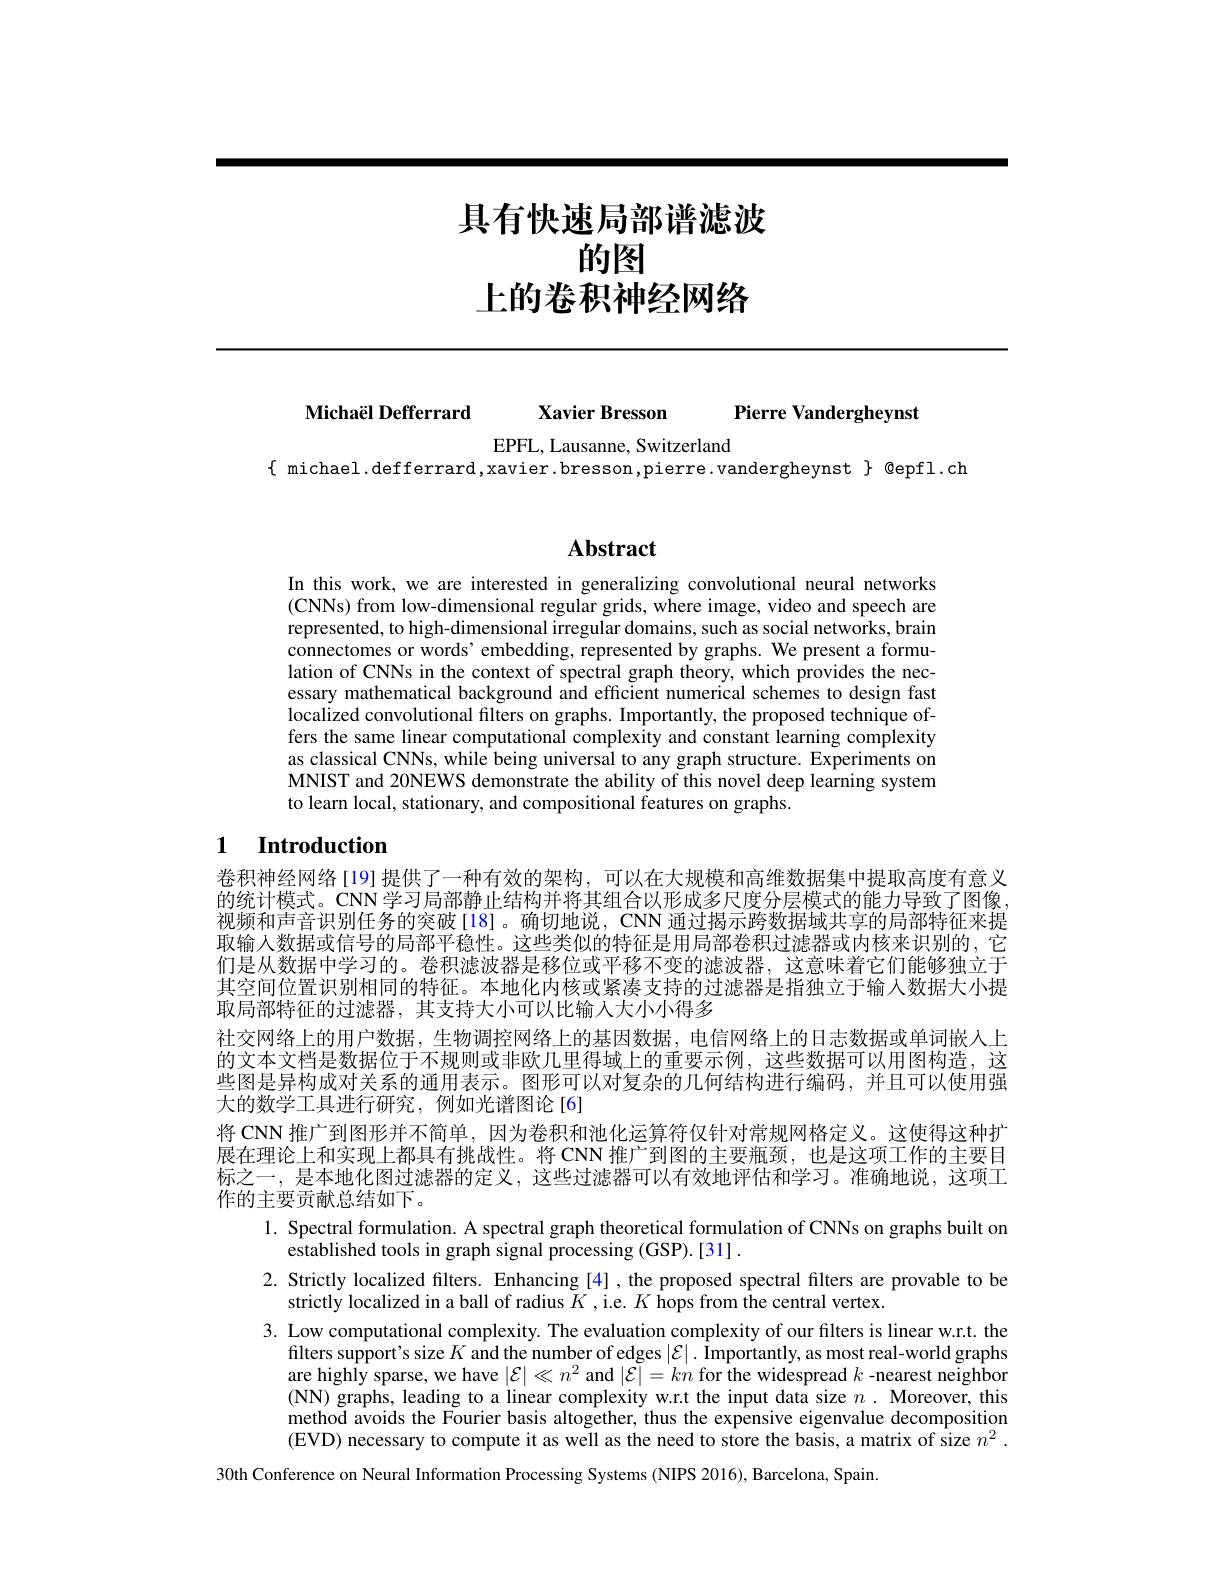
具有快速局部谱滤波
的图
上的卷积神经网络

Michaël Defferrard

Xavier Bresson

Pierre Vandergheynst

EPFL, Lausanne, Switzerland
$\{$ michael.defferrard,xavier.bresson,pierre.vandergheynst $\}$ @epfl.ch

## $\mathbf{Abstract}$

In this work, we are interested in generalizing convolutional neural networks (CNNs) from low-dimensional regular grids, where image, video and speech are represented, to high-dimensional irregular domains, such as social networks, brain connectomes or words' embedding, represented by graphs. We present a formulation of CNNs in the context of spectral graph theory, which provides the necessary mathematical background and efficient numerical schemes to design fast localized convolutional filters on graphs. Importantly, the proposed technique offers the same linear computational complexity and constant learning complexity as classical CNNs, while being universal to any graph structure. Experiments on MNIST and 20NEWS demonstrate the ability of this novel deep learning system to learn local, stationary, and compositional features on graphs.

## 1 Introduction

卷积神经网络[19]提供了一种有效的架构，可以在大规模和高维数据集中提取高度有意义的统计模式。CNN 学习局部静止结构并将其组合以形成多尺度分层模式的能力导致了图像， 视频和声音识别任务的突破[18]。确切地说，CNN 通过揭示跨数据域共享的局部特征来提取输人数据或信号的局部平稳性。这些类似的特征是用局部卷积过滤器或内核来识别的，它们是从数据中学习的。卷积滤波器是移位或平移不变的滤波器，这意味着它们能够独立于其空间位置识别相同的特征。本地化内核或紧凑支持的过滤器是指独立于输入数据大小提取局部特征的过滤器，其支持大小可以比输入大小小得多
社交网络上的用户数据，生物调控网络上的基因数据，电信网络上的日志数据或单词嵌人上的文本文档是数据位于不规则或非欧几里得域上的重要示例，这些数据可以用图构造，这些图是异构成对关系的通用表示。图形可以对复杂的几何结构进行编码，并且可以使用强大的数学工具进行研究，例如光谱图论[6]
将 CNN 推广到图形并不简单，因为卷积和池化运算符仅针对常规网格定义。这使得这种扩展在理论上和实现上都具有挑战性。将 CNN 推广到图的主要瓶颈，也是这项工作的主要目标之一，是本地化图过滤器的定义，这些过滤器可以有效地评估和学习。准确地说，这项工作的主要贡献总结如下。
1. Spectral formulation. A spectral graph theoretical formulation of CNNs on graphs built on
established tools in graph signal processing (GSP).[31] .
2. Strictly localized filters. Enhancing [4], the proposed spectral filters are provable to be
strictly localized in a ball of radius $K$ ,i.e. $K$ hops from the central vertex
3. Low computational complexity. The evaluation complexity of our filters is linear w.r.t. the
filters support's size $K$ and the number of edges $|\mathcal{E}|.$ Importantly, as most real-world graphs are highly sparse, we have $|\mathcal{E}|\ll n^2$ and $|\mathcal{E}|=kn$ for the widespread $k$ -nearest neighbor (NN) graphs, leading to a linear complexity w.r.t the input data size $n.$ Moreover, this method avoids the Fourier basis altogether, thus the expensive eigenvalue decomposition (EVD) necessary to compute it as well as the need to store the basis, a matrix of size $n^2.$
30th Conference on Neural Information Processing Systems (NIPS 2016), Barcelona, Spain.